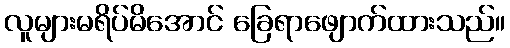
လူများမရိပ်မိအောင် ခြေရာဖျောက်ထားသည်။